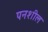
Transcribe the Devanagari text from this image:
पनशील